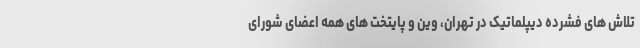
تلاش های فشرده دیپلماتیک در تهران، وین و پایتخت های همه اعضای شورای